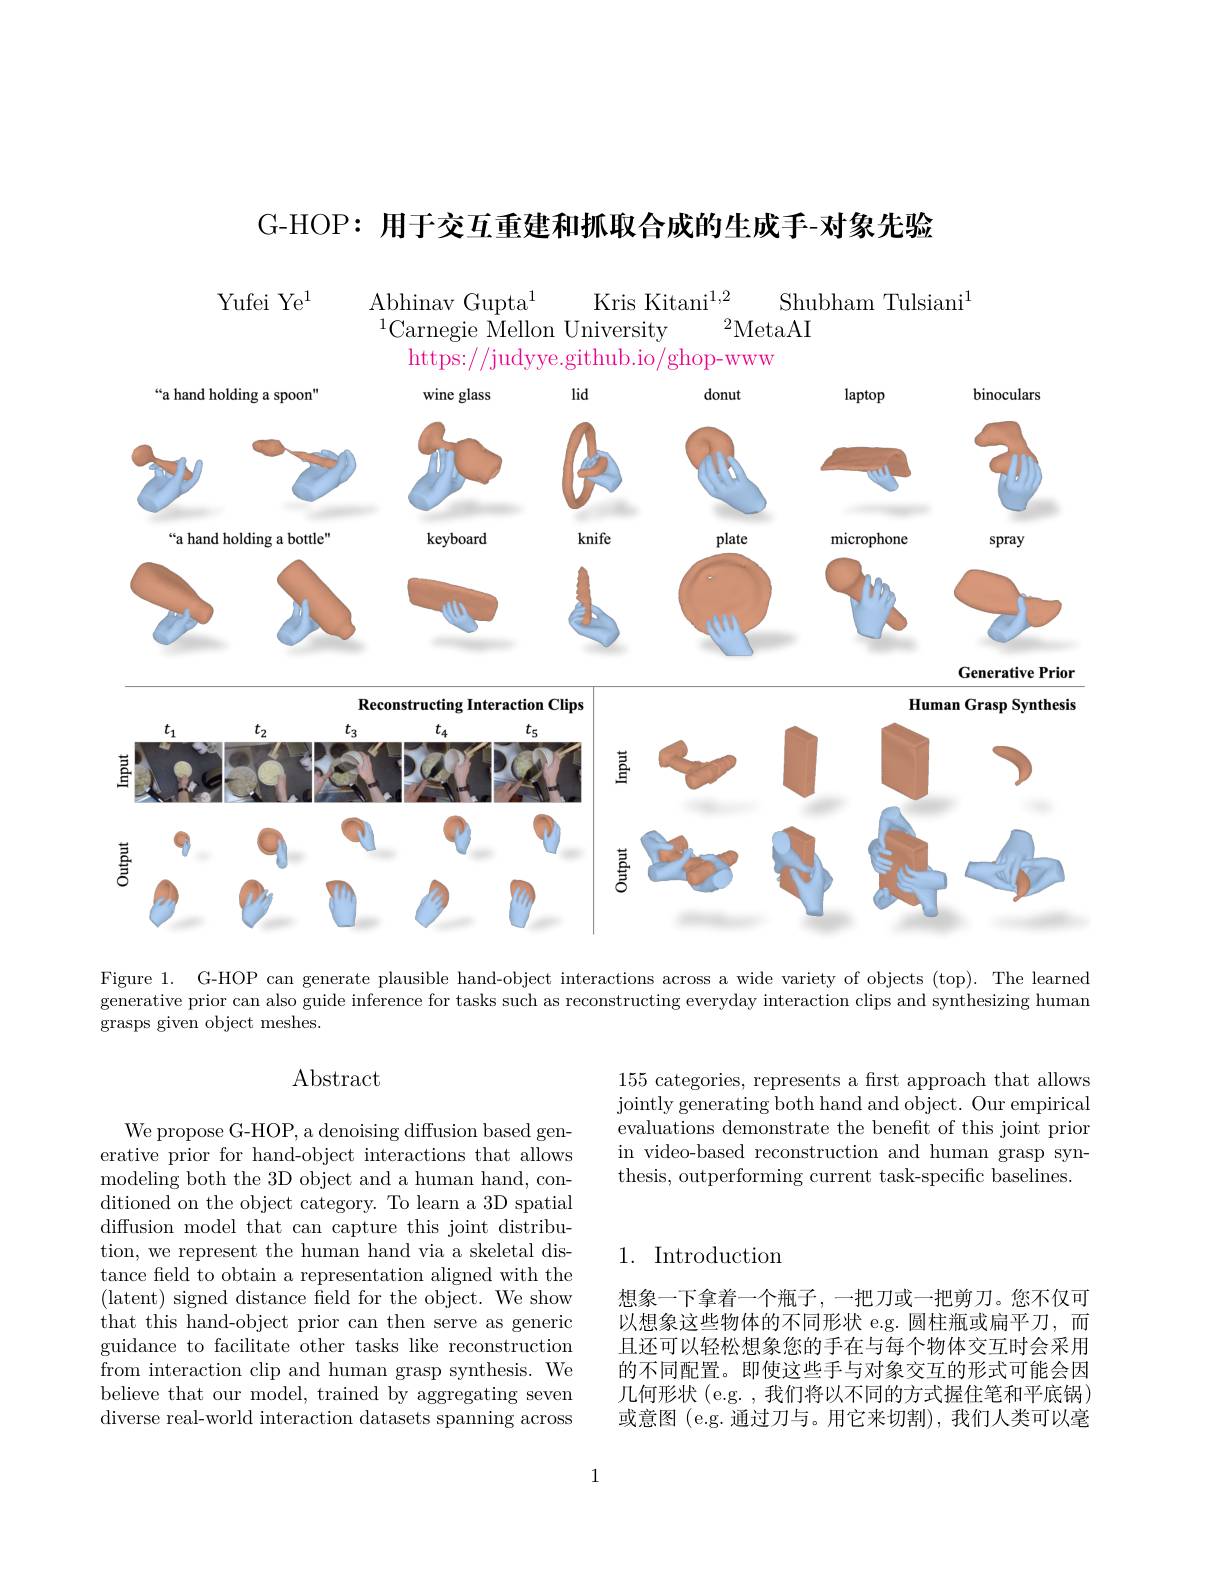
G-HOP: 用于交互重建和抓取合成的生成手-对象先验

Yufei Ye$^{1}$

Kris Kitani$^{1,2}$
Abhinav Gupta$^{1}$
Shubham Tulsiani$^{1}$
${}^2$MetaAI
$^{1}$Carnegie $\overset{1}{\operatorname*{\text{Mellon University}}}$
https://judyye.github.io/ghop-www

<FigureHere>

Figure 1. G-HOP can generate plausible hand-object interactions across a wide variety of objects (top). The learned generative prior can also guide inference for tasks such as reconstructing everyday interaction clips and synthesizing human grasps given object meshes.

# $\operatorname{Abstract}$

155 categories, represents a first approach that allows jointly generating both hand and object. Our empirical evaluations demonstrate the beneft of this joint prior in video-based reconstruction and human grasp synthesis, outperforming current task-specific baselines

## 1. Introduction

We propose G-HOP, a denoising diffusion based generative prior for hand-object interactions that allows modeling both the 3D object and a human hand, conditioned on the object category. To learn a 3D spatial diffusion model that can capture this joint distribution, we represent the human hand via a skeletal distance feld to obtain a representation aligned with the (latent) signed distance field for the object. We show that this hand-object prior can then serve as generic guidance to facilitate other tasks like reconstruction $\bar{\text{from interaction clip and human grasp synthesis. We}}$ believe that our model, trained by aggregating seven diverse real-world interaction datasets spanning across

想象一下拿着一个瓶子，一把刀或一把剪刀。您不仅可以想象这些物体的不同形状 e.g. 圆柱瓶或扁平刀，而且还可以轻松想象您的手在与每个物体交互时会采用的不同配置。即使这些手与对象交互的形式可能会因几何形状 (e.g. , 我们将以不同的方式握住笔和平底锅) 或意图 (e.g. 通过刀与。用它来切割),我们人类可以毫

1